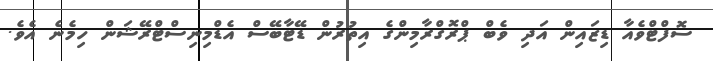
ސޮފްޓްވެއާ ޑިޒައިން އަދި ވެބް ޕްރޮގްރާމިންގެ އިތުރުން ޑޭޓާބޭސް އެޑްމިނިސްޓްރޭޝަން ހިމެނެ އެވެ.